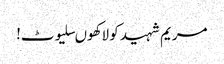
مریم شہید کو لاکھوںسلیوٹ!